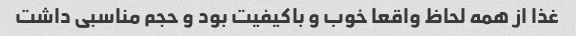
غذا از همه لحاظ واقعا خوب و باکیفیت بود و حجم مناسبی داشت